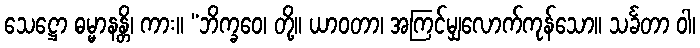
သေဋ္ဌော ဓမ္မာနန္တိ၊ ကား။ “ဘိက္ခဝေ၊ တို့။ ယာဝတာ၊ အကြင်မျှလောက်ကုန်သော။ သင်္ခတာ ဝါ၊